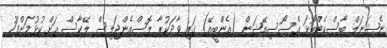
ނެޝަނަލް ބާސްކެޓްބޯޅަ އެސޯސިއޭޝަން (އެންބީއޭ) ގައި ވާދަކުރާ ލޮސްއެންޖަލިސް ލޭކާސް އަށް ކުޅުމަށްފަހު